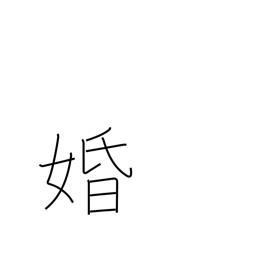
Meaning: marriage